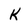
Character: k